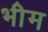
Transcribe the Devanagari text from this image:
भीेम